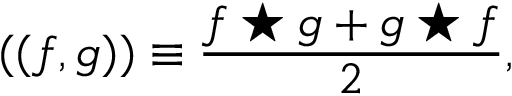
( ( f , g ) ) \equiv { \frac { f \star g + g \star f } { 2 } } ,